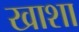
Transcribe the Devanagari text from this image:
खाशा